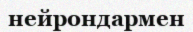
нейрондармен